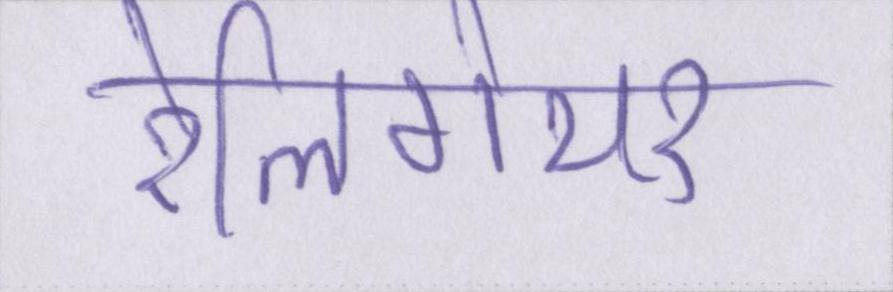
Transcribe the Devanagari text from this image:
रेलिगेयर